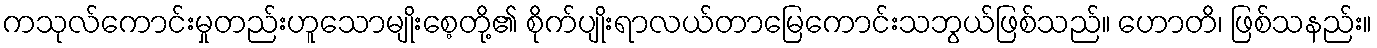
ကသုလ်ကောင်းမှုတည်းဟူသောမျိုးစေ့တို့၏ စိုက်ပျိုးရာလယ်တာမြေကောင်းသဘွယ်ဖြစ်သည်။ ဟောတိ၊ ဖြစ်သနည်း။